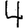
Digit: 4